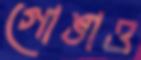
গোঙাও